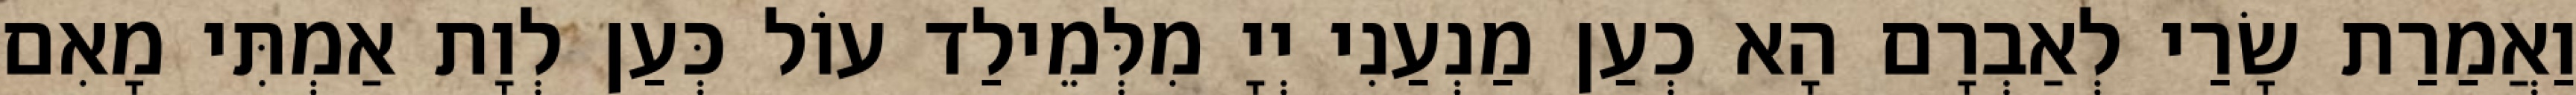
וַאֲמַרַת שָׂרַי לְאַבְרָם הָא כְעַן מַנְעַנִי יְיָ מִלְּמֵילַד עוֹל כְּעַן לְוָת אַמְתִּי מָאִם